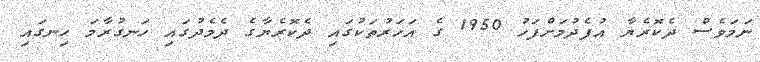
ނަމަވެސް ދެކޮރެޔާ އުފެދުމަށްފަހު 1950 ގެ އަހަރުތަކުގައި ދެކޮރެޔާގެ ދެމެދުގައި ހަނގުރާމަ ހިނގައި